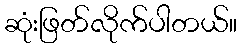
ဆုံးဖြတ်လိုက်ပါတယ်။